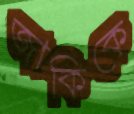
জাকিকে